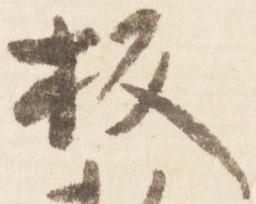
板